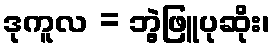
ဒုကူလ = ဘွဲ့ဖြူပုဆိုး၊